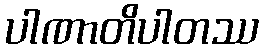
ပါဏာတိပါတဿ